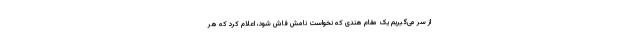
از سر می‌گیریم یک مقام هندی که نخواست نامش فاش شود، اعلام کرد که هر